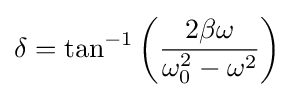
\delta =\tan ^{-1}\left({\frac {2\beta \omega }{\omega _{0}^{2}-\omega ^{2}}}\right)